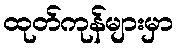
ထုတ်ကုန်များမှာ